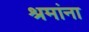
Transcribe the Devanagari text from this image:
श्रमांना